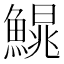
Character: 𩺣